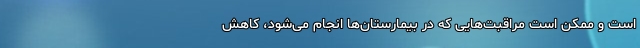
است و ممکن است مراقبت‌‌هایی که در بیمارستان‌‌‌ها انجام می‌‌شود، کاهش